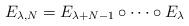
LaTeX: \begin{gather*}E_{\lambda, N} = E_{\lambda+N-1}\circ \dots \circ E_\lambda\end{gather*}